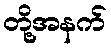
တို့အနက်